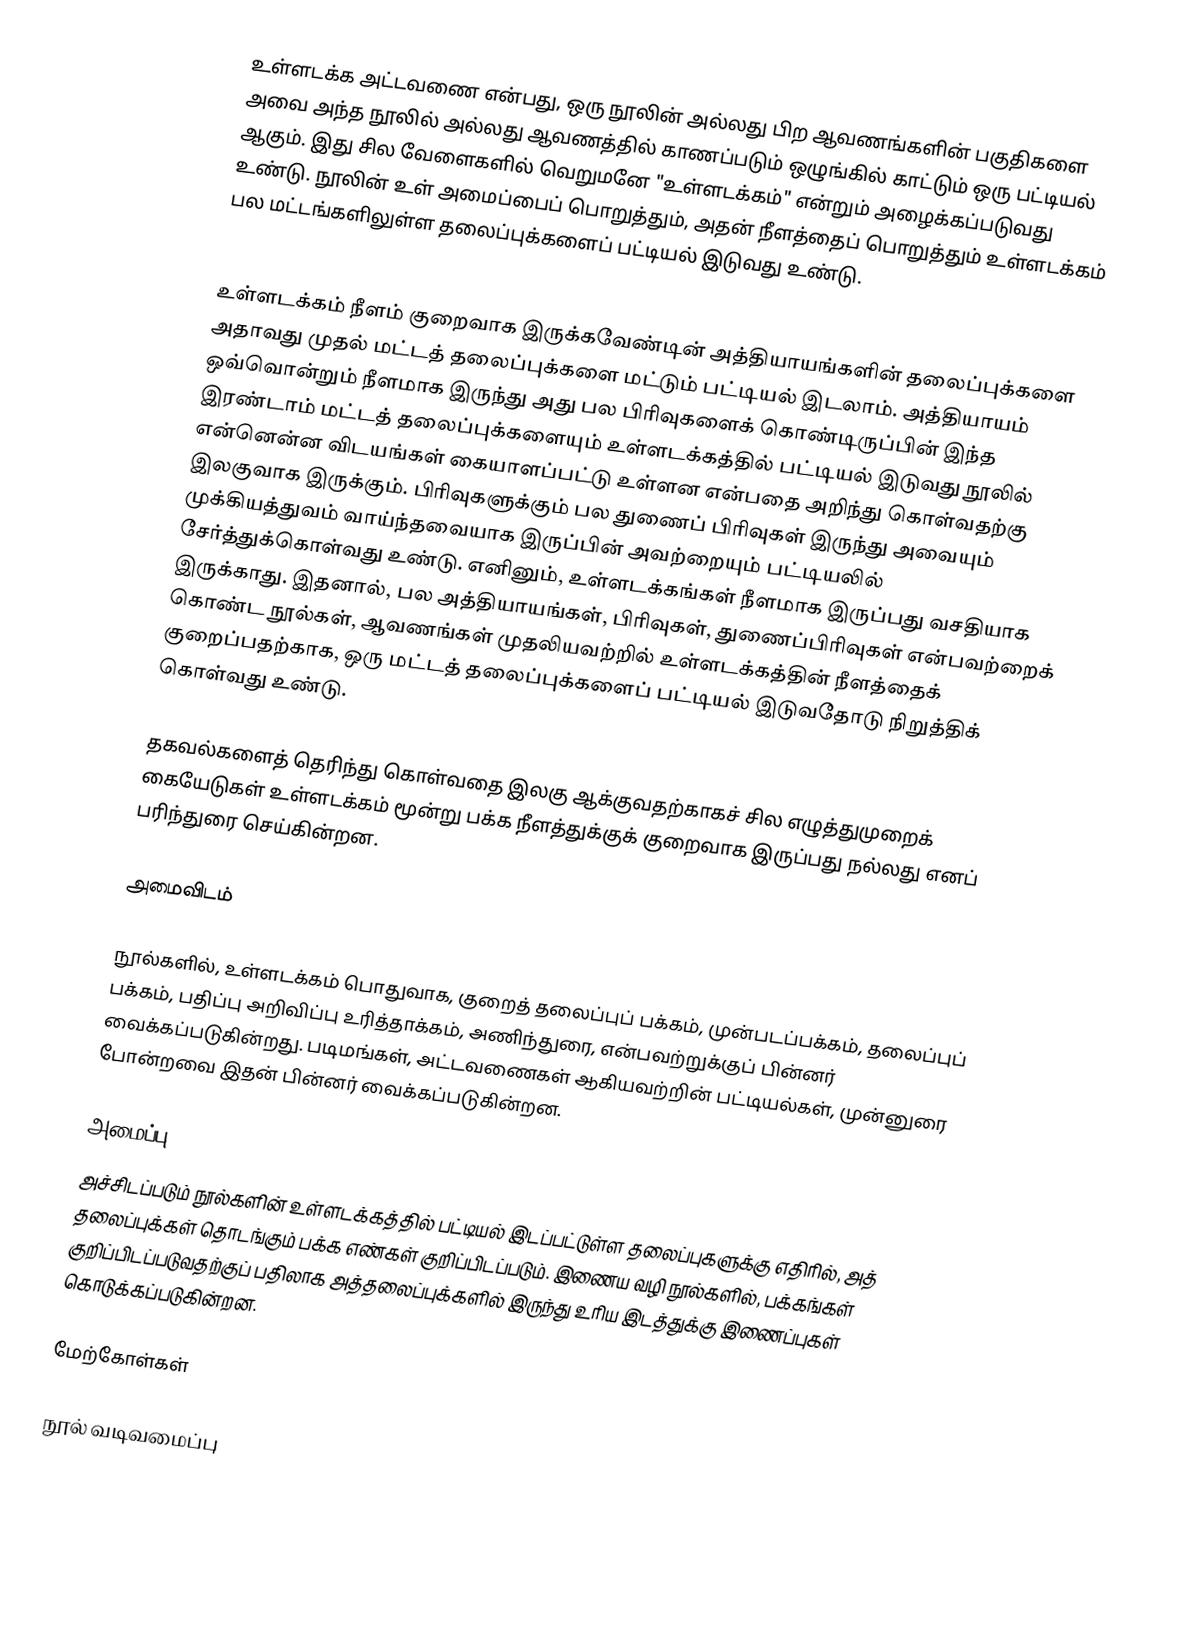
உள்ளடக்க அட்டவணை என்பது, ஒரு நூலின் அல்லது பிற ஆவணங்களின் பகுதிகளை அவை அந்த நூலில் அல்லது ஆவணத்தில் காணப்படும் ஒழுங்கில் காட்டும் ஒரு பட்டியல் ஆகும். இது சில வேளைகளில் வெறுமனே "உள்ளடக்கம்" என்றும் அழைக்கப்படுவது உண்டு. நூலின் உள் அமைப்பைப் பொறுத்தும், அதன் நீளத்தைப் பொறுத்தும் உள்ளடக்கம் பல மட்டங்களிலுள்ள தலைப்புக்களைப் பட்டியல் இடுவது உண்டு.

உள்ளடக்கம் நீளம் குறைவாக இருக்கவேண்டின் அத்தியாயங்களின் தலைப்புக்களை அதாவது முதல் மட்டத் தலைப்புக்களை மட்டும் பட்டியல் இடலாம். அத்தியாயம் ஒவ்வொன்றும் நீளமாக இருந்து அது பல பிரிவுகளைக் கொண்டிருப்பின் இந்த இரண்டாம் மட்டத் தலைப்புக்களையும் உள்ளடக்கத்தில் பட்டியல் இடுவது நூலில் என்னென்ன விடயங்கள் கையாளப்பட்டு உள்ளன என்பதை அறிந்து கொள்வதற்கு இலகுவாக இருக்கும். பிரிவுகளுக்கும் பல துணைப் பிரிவுகள் இருந்து அவையும் முக்கியத்துவம் வாய்ந்தவையாக இருப்பின் அவற்றையும் பட்டியலில் சேர்த்துக்கொள்வது உண்டு. எனினும், உள்ளடக்கங்கள் நீளமாக இருப்பது வசதியாக இருக்காது. இதனால், பல அத்தியாயங்கள், பிரிவுகள், துணைப்பிரிவுகள் என்பவற்றைக் கொண்ட நூல்கள், ஆவணங்கள் முதலியவற்றில் உள்ளடக்கத்தின் நீளத்தைக் குறைப்பதற்காக, ஒரு மட்டத் தலைப்புக்களைப் பட்டியல் இடுவதோடு நிறுத்திக் கொள்வது உண்டு.

தகவல்களைத் தெரிந்து கொள்வதை இலகு ஆக்குவதற்காகச் சில எழுத்துமுறைக் கையேடுகள் உள்ளடக்கம் மூன்று பக்க நீளத்துக்குக் குறைவாக இருப்பது நல்லது எனப் பரிந்துரை செய்கின்றன.

அமைவிடம்

நூல்களில், உள்ளடக்கம் பொதுவாக, குறைத் தலைப்புப் பக்கம், முன்படப்பக்கம், தலைப்புப் பக்கம், பதிப்பு அறிவிப்பு உரித்தாக்கம், அணிந்துரை, என்பவற்றுக்குப் பின்னர் வைக்கப்படுகின்றது. படிமங்கள், அட்டவணைகள் ஆகியவற்றின் பட்டியல்கள், முன்னுரை போன்றவை இதன் பின்னர் வைக்கப்படுகின்றன.

அமைப்பு
அச்சிடப்படும் நூல்களின் உள்ளடக்கத்தில் பட்டியல் இடப்பட்டுள்ள தலைப்புகளுக்கு எதிரில், அத் தலைப்புக்கள் தொடங்கும் பக்க எண்கள் குறிப்பிடப்படும். இணைய வழி நூல்களில், பக்கங்கள் குறிப்பிடப்படுவதற்குப் பதிலாக அத்தலைப்புக்களில் இருந்து உரிய இடத்துக்கு இணைப்புகள் கொடுக்கப்படுகின்றன.

மேற்கோள்கள்

நூல் வடிவமைப்பு